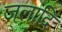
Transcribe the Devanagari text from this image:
जलादि